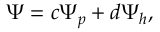
\begin{array} { r } { \Psi = c \Psi _ { p } + d \Psi _ { h } , } \end{array}